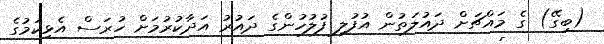
(ބިގޭ) ގެ މައްޗަށް ދައުލަތުން އުފުލި ފުލުހުންގެ ދައުރު އަދާކުރުމަށް ހުރަސް އެޅިކަމުގެ